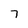
Character: 7